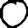
Digit: 0